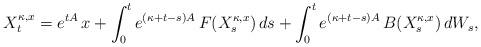
LaTeX: \begin{align*} X^{ \kappa, x }_t = e^{ t A } \, x + \int_0^t e^{ ( \kappa + t - s )A }\, F( X^{ \kappa, x }_s ) \, ds + \int_0^t e^{ ( \kappa + t - s )A }\, B( X^{ \kappa, x }_s ) \, dW_s ,\end{align*}